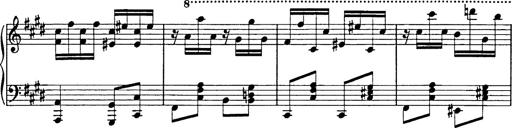
Title: 8 Variations
Composer: Franz Liszt
Key: A-flat major